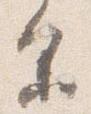
余